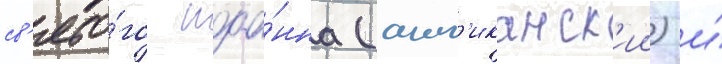
св'ято́го иоа́нна (англ'иканск'ии) и́